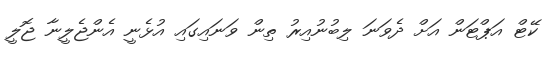
ކޭޓް އަޕްޓަން އަށް ދެވަނަ ލިބުނުއިރު ތިން ވަނައިގައި އުޅެނީ އެންޖެލީނާ ޖޮލީ